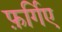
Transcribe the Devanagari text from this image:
फ़र्गिए